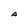
Character: A